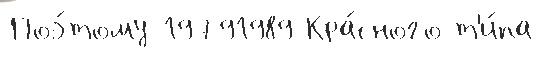
Поэ́тому 19791989 Кра́сного т'и́па